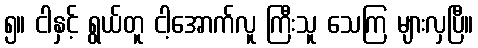
၅။ ငါနှင့် ရွယ်တူ ငါ့အောက်လူ ကြီးသူ သေကြ များလှပြီ။